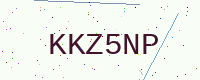
Text: KKZ5NP